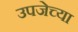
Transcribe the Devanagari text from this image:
उपजेच्या